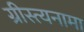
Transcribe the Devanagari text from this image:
ग्रीस्त्यनामा